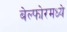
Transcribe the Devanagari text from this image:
बेल्फोरमध्ये